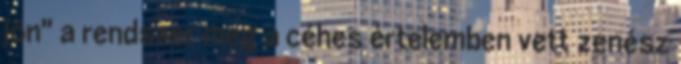
jön" a rendszer meg a céhes értelemben vett zenész